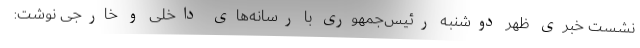
نشست خبری ظهر دوشنبه رئیس‌جمهوری با رسانه‌های داخلی و خارجی نوشت: